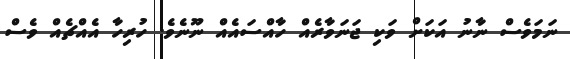
ނަމަވެސް ނާނު އަކަށް ވަކި ޖަނަވާރެއް ހާއްސައެއް ނޫނެވެ. ހުރިހާ އެއްޗެއް ވެސް